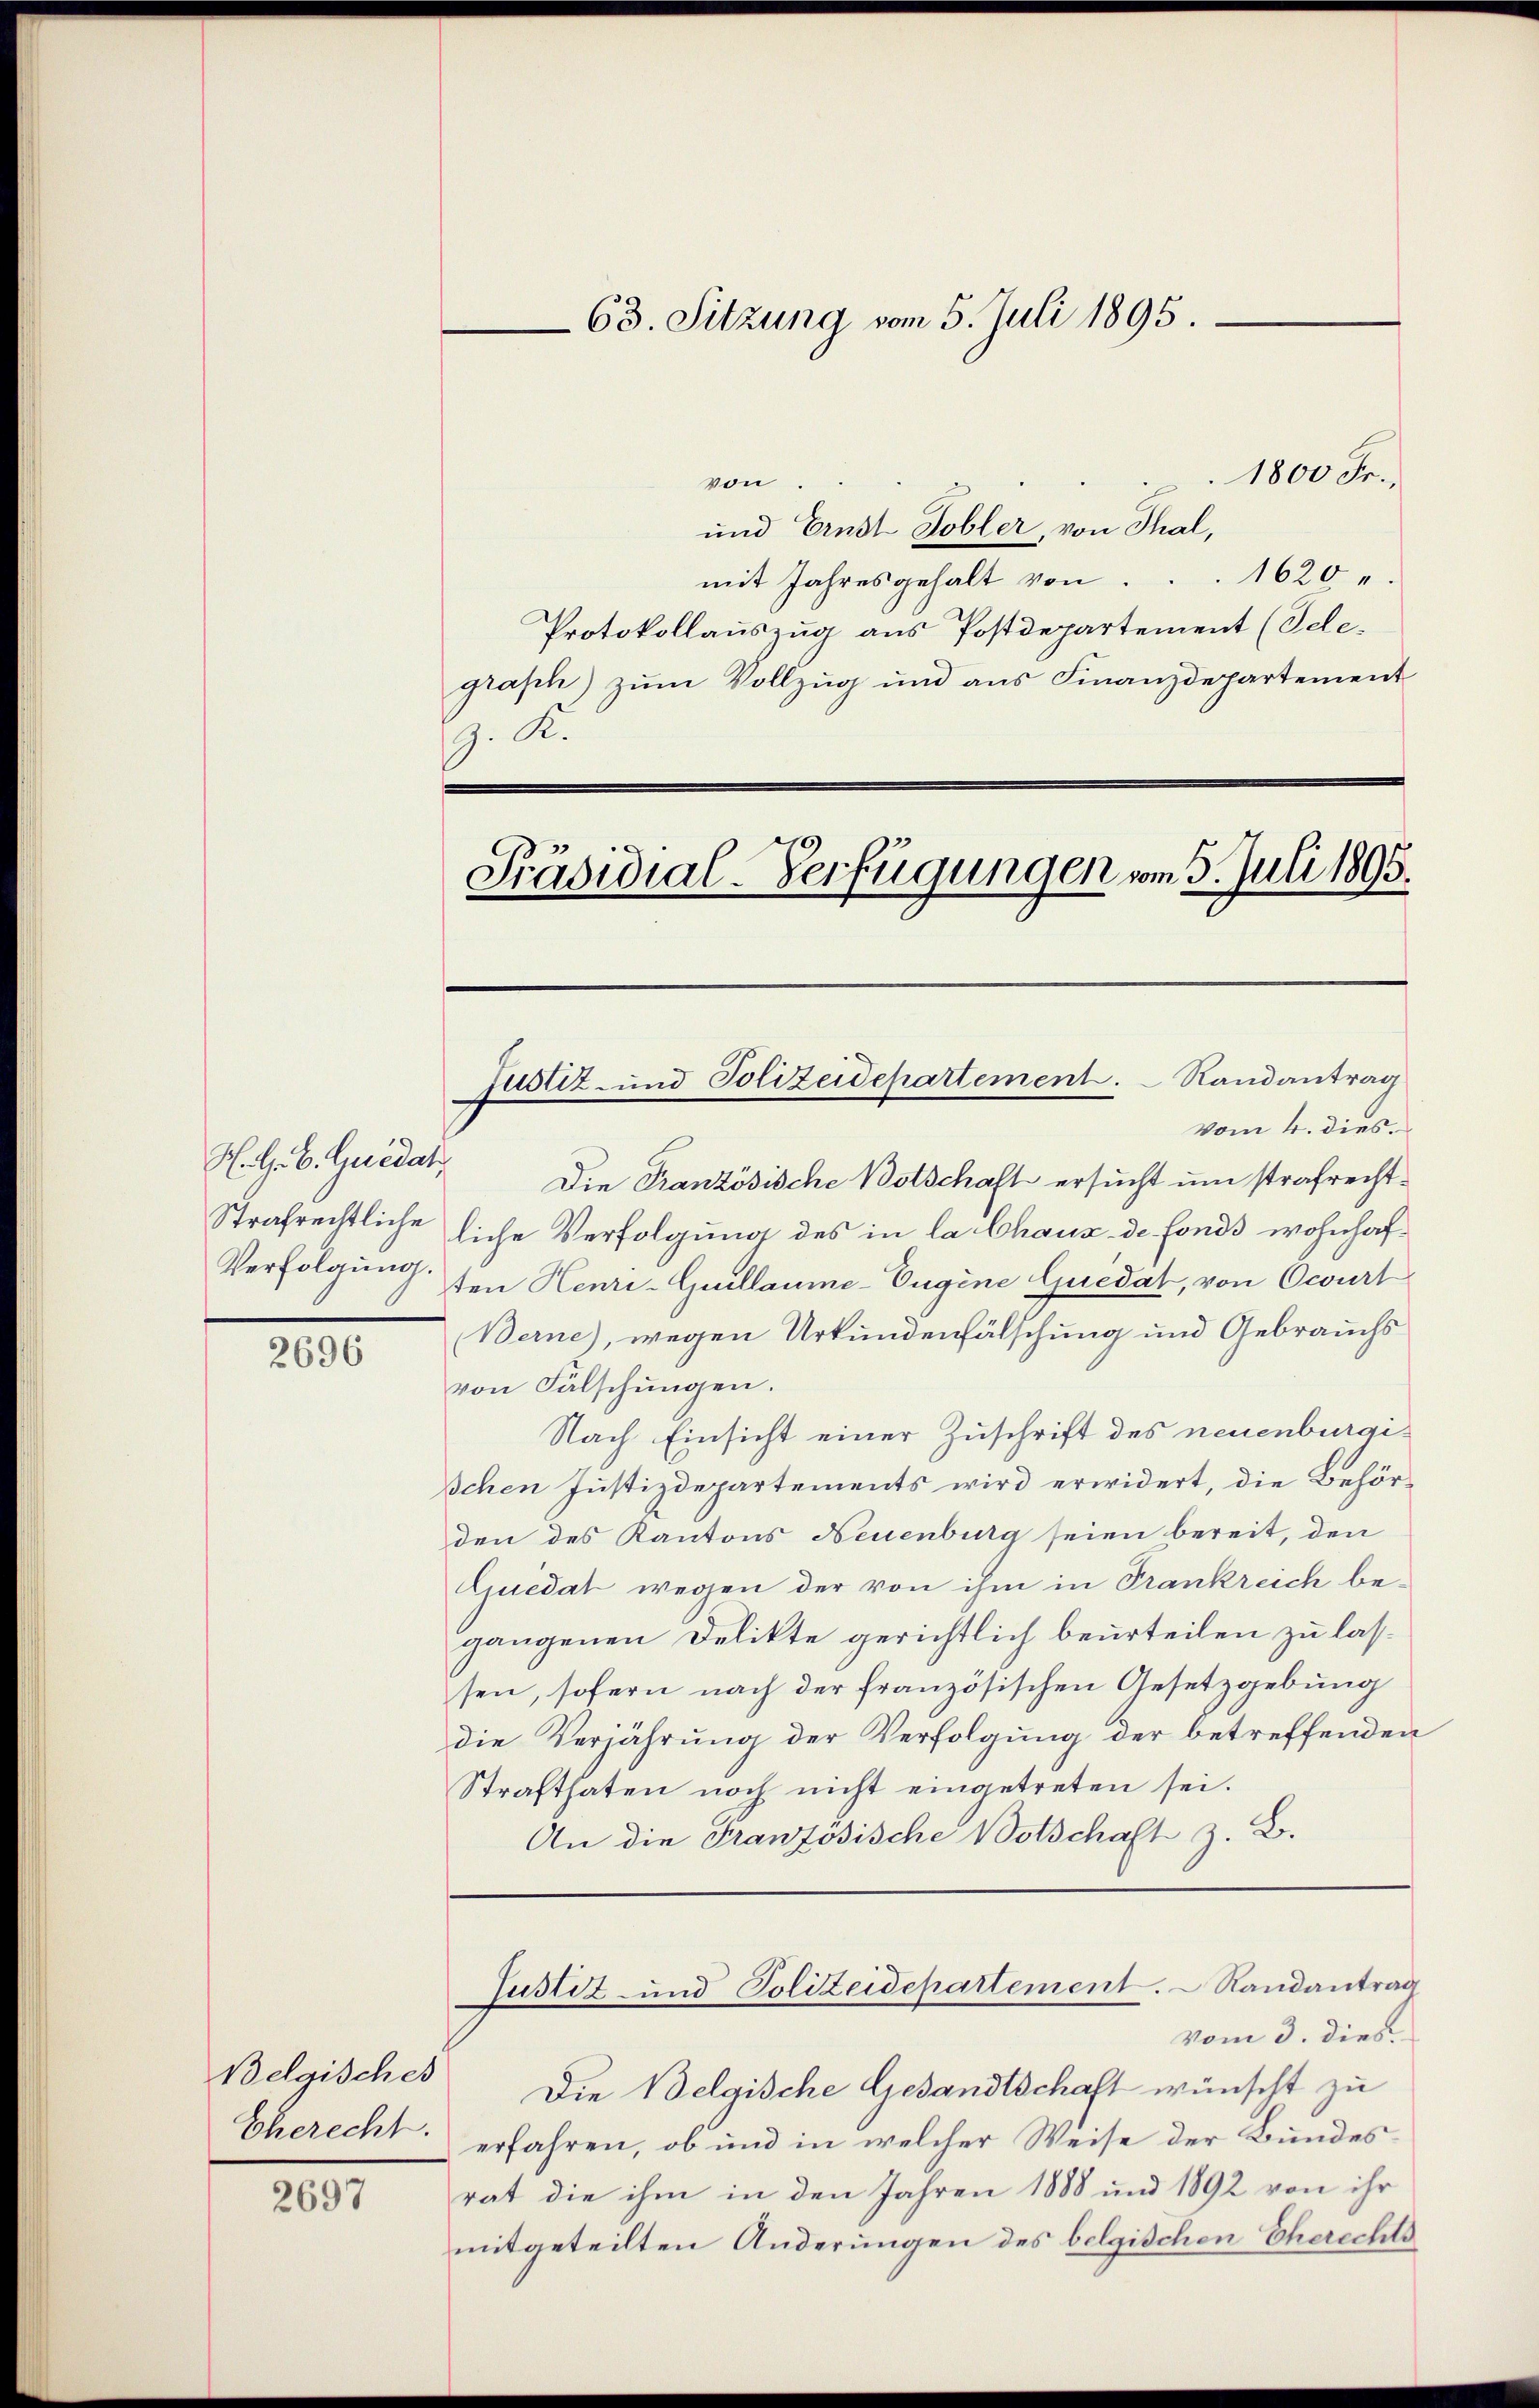
H. G. B. Guidat
Strafrechtliche
Verfolgung.

2696

Belgisches
Eherecht.

2697

63. Sitzung vom 5. Juli 1895.

1800 Fr.,
von
und Ernst Dobler, von Thal,
mit Jahresgehalt von ... 1620 "
Protokollauszug aus Postdepartement (Telegraph) zŭm Vollzŭg und ans Finanzdepartement
g. Kr
Präsidial-Verfügungen vom 5. Juli 1895.

Die Französische Botschaft ersucht um strafrechtliche Verfolgung des in la Chaux de fonds wohnhaften Henri-Guillaume-Eugene Quedat, von Ocourt
Berne), wegen Urkundenfälschung und Gebrauchs
von Fälschungen.
Nach Einsicht einer Zuschrift des neuenburgi¬
Ichen Justizdepartements wird erwidert, die Behörden des Kantons Neuenburg seien bereit, den
Quedat wegen der von ihm in Trankreich begangenen Delikte gerichtlich beurteilen zu lasssen, sofern nach der französischen Gesetzgebung
die Verjährung der Verfolgung der betreffenden
Strafthaten noch nicht eingetreten sei.
An die Französische Botschaft z. B.

Justiz- und Polizeidepartement. Randantrag
vom 4. dies.

Justiz- und Polizeidepartement. Randantrag
vom 3. dies

Die Belgische Gesandtschaft wünscht zu
erfahren, ob und in welcher Weise der Bundesrat die ihm in den Jahren 1888 und 1892 von ihr
mitgeteilten Änderungen des belgischen Eherechts¬